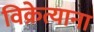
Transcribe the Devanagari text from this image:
विक्रेत्याना